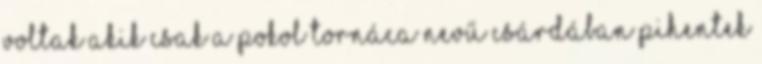
voltak akik csak a Pokol Tornáca nevű csárdában pihentek